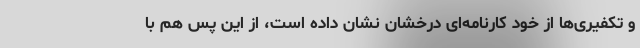
و تکفیری‌ها از خود کارنامه‌ای درخشان نشان داده است، از این پس هم با